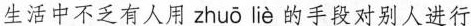
生活中不乏有人用 zhuō liè 的手段对别人进行